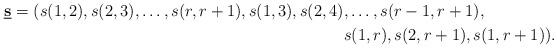
LaTeX: \begin{align*}\underbar{{\bf s}}=(s{(1,2)},s{(2,3)},\ldots,s{(r,r+1)},s{(1,3)},s{(2,4)}&,\ldots,s{(r-1,r+1)},\\&s{(1,r)}, s{(2,r+1)},s{(1,r+1)}).\end{align*}